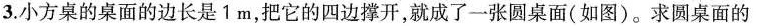
3.小方桌的桌面的边长是1m，把它的四边撑开，就成了一张圆桌面(如图)。求圆桌面的